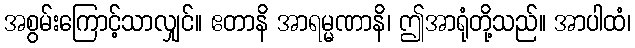
အစွမ်းကြောင့်သာလျှင်။ ဧတာနိ အာရမ္မဏာနိ၊ ဤအာရုံတို့သည်။ အာပါထံ၊